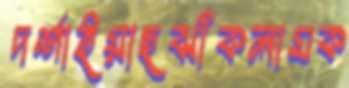
দর্শাইয়াছঝাঁকলামক